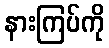
နားကြပ်ကို